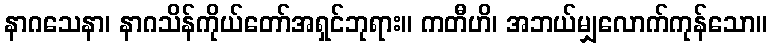
နာဂသေနာ၊ နာဂသိန်ကိုယ်တော်အရှင်ဘုရား။ ကတီဟိ၊ အဘယ်မျှလောက်ကုန်သော။